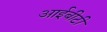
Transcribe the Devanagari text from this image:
आईबीटी